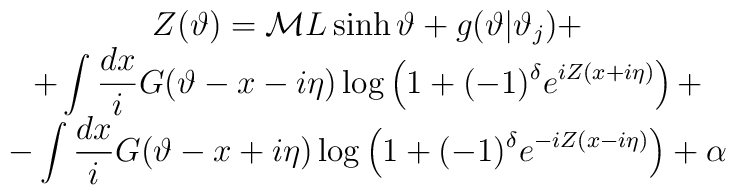
\begin{array}{c}\displaystyle Z(\vartheta )={\cal M}L\sinh \vartheta +g(\vartheta |\vartheta _{j})+\\+\displaystyle\int \displaystyle\frac{dx}{i}G(\vartheta -x-i\eta )\log \left( 1+(-1)^{\delta }e^{iZ(x+i\eta )}\right) +\\-\displaystyle\int \displaystyle\frac{dx}{i}G(\vartheta -x+i\eta )\log \left( 1+(-1)^{\delta }e^{-iZ(x-i\eta )}\right) +\alpha \end{array}